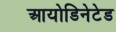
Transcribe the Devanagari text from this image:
आयोडिनेटेड